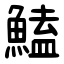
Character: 鰪